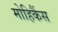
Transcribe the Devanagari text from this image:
मोहिकैंस